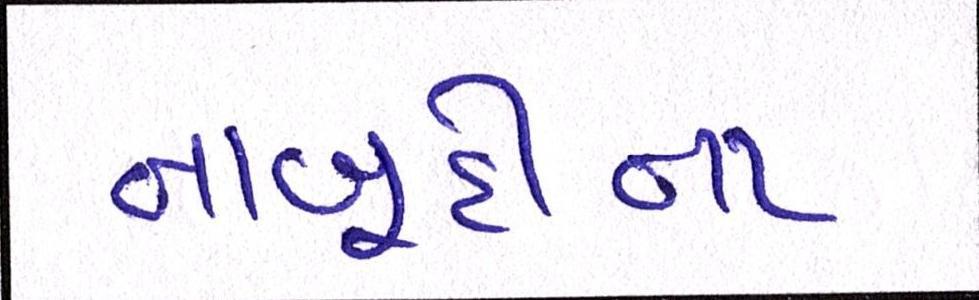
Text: નાબૂદીના